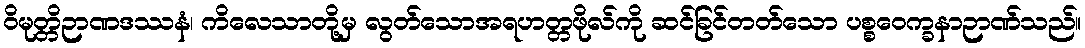
ဝိမုတ္တိဉာဏဒဿနံ၊ ကိလေသာတို့မှ လွတ်သောအရဟတ္တဖိုလ်ကို ဆင်ခြင်တတ်သော ပစ္စဝေက္ခနာဉာဏ်သည်။